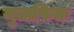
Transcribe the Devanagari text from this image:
मुत्तफिक़